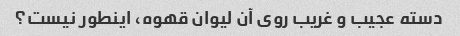
دسته عجیب و غریب روی آن لیوان قهوه، اینطور نیست؟